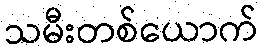
သမီးတစ်ယောက်